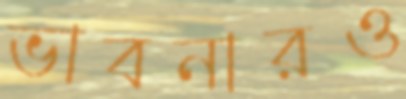
ভাবনারও